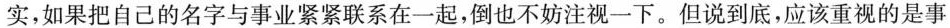
实，如果把自己的名字与事业紧紧联系在一起，倒也不妨注视一下。但说到底，应该重视的是事